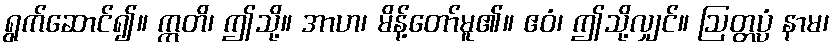
ရွက်ဆောင်၍။ ဣတိ၊ ဤသို့။ အာဟ၊ မိန့်တော်မူ၏။ ဧဝံ၊ ဤသို့လျှင်။ ဩတ္တပ္ပံ နာမ၊